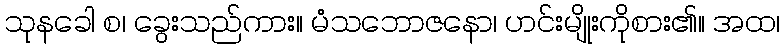
သုနခေါ စ၊ ခွေးသည်ကား။ မံသဘောဇနော၊ ဟင်းမျိုးကိုစား၏။ အထ၊